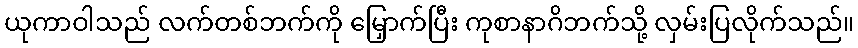
ယုကာဝါသည် လက်တစ်ဘက်ကို မြှောက်ပြီး ကုစာနာဂိဘက်သို့ လှမ်းပြလိုက်သည်။